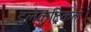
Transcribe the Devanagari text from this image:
इलेकट्रिकल